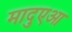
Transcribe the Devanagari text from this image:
मादुएआ